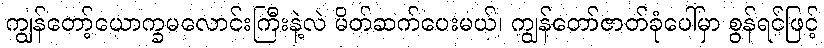
ကျွန်တော့်ယောက္ခမလောင်းကြီးနဲ့လဲ မိတ်ဆက်ပေးမယ်၊ ကျွန်တော်ဇာတ်ခုံပေါ်မှာ စွန်ရင်ဖြင့်